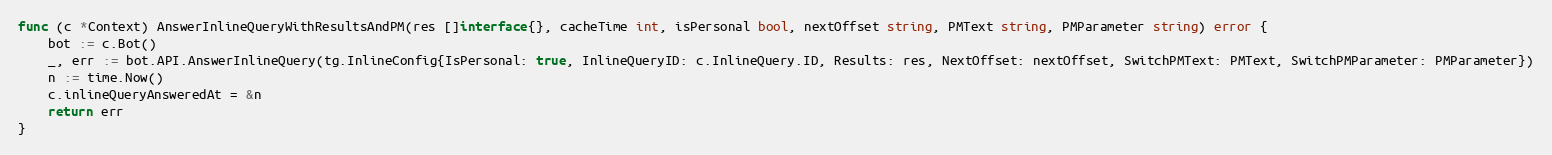
Language: Go
func (c *Context) AnswerInlineQueryWithResultsAndPM(res []interface{}, cacheTime int, isPersonal bool, nextOffset string, PMText string, PMParameter string) error {
	bot := c.Bot()
	_, err := bot.API.AnswerInlineQuery(tg.InlineConfig{IsPersonal: true, InlineQueryID: c.InlineQuery.ID, Results: res, NextOffset: nextOffset, SwitchPMText: PMText, SwitchPMParameter: PMParameter})
	n := time.Now()
	c.inlineQueryAnsweredAt = &n
	return err
}